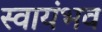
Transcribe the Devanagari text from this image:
स्वायंभव